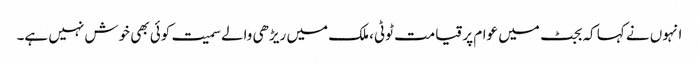
انہوں نے کہا کہ بجٹ میں عوام پر قیامت ٹوٹی، ملک میں ریڑھی والے سمیت کوئی بھی خوش نہیں ہے۔